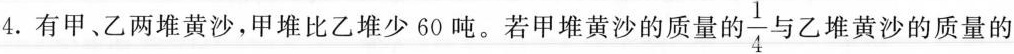
4.有甲、乙两堆黄沙，甲堆比乙堆少60吨。若甲堆黄沙的质量的\frac{1}{4}与乙堆黄沙的质量的